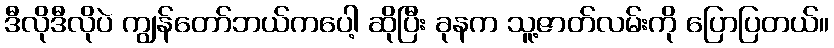
ဒီလိုဒီလိုပဲ ကျွန်တော်ဘယ်ကပေါ့ ဆိုပြီး ခုနက သူ့ဇာတ်လမ်းကို ပြောပြတယ်။